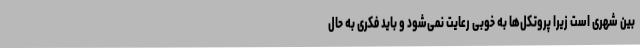
بین شهری است زیرا پروتکل‌ها به خوبی رعایت نمی‌شود و باید فکری به حال